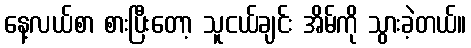
နေ့လယ်စာ စားပြီးတော့ သူငယ်ချင်း အိမ်ကို သွားခဲ့တယ်။